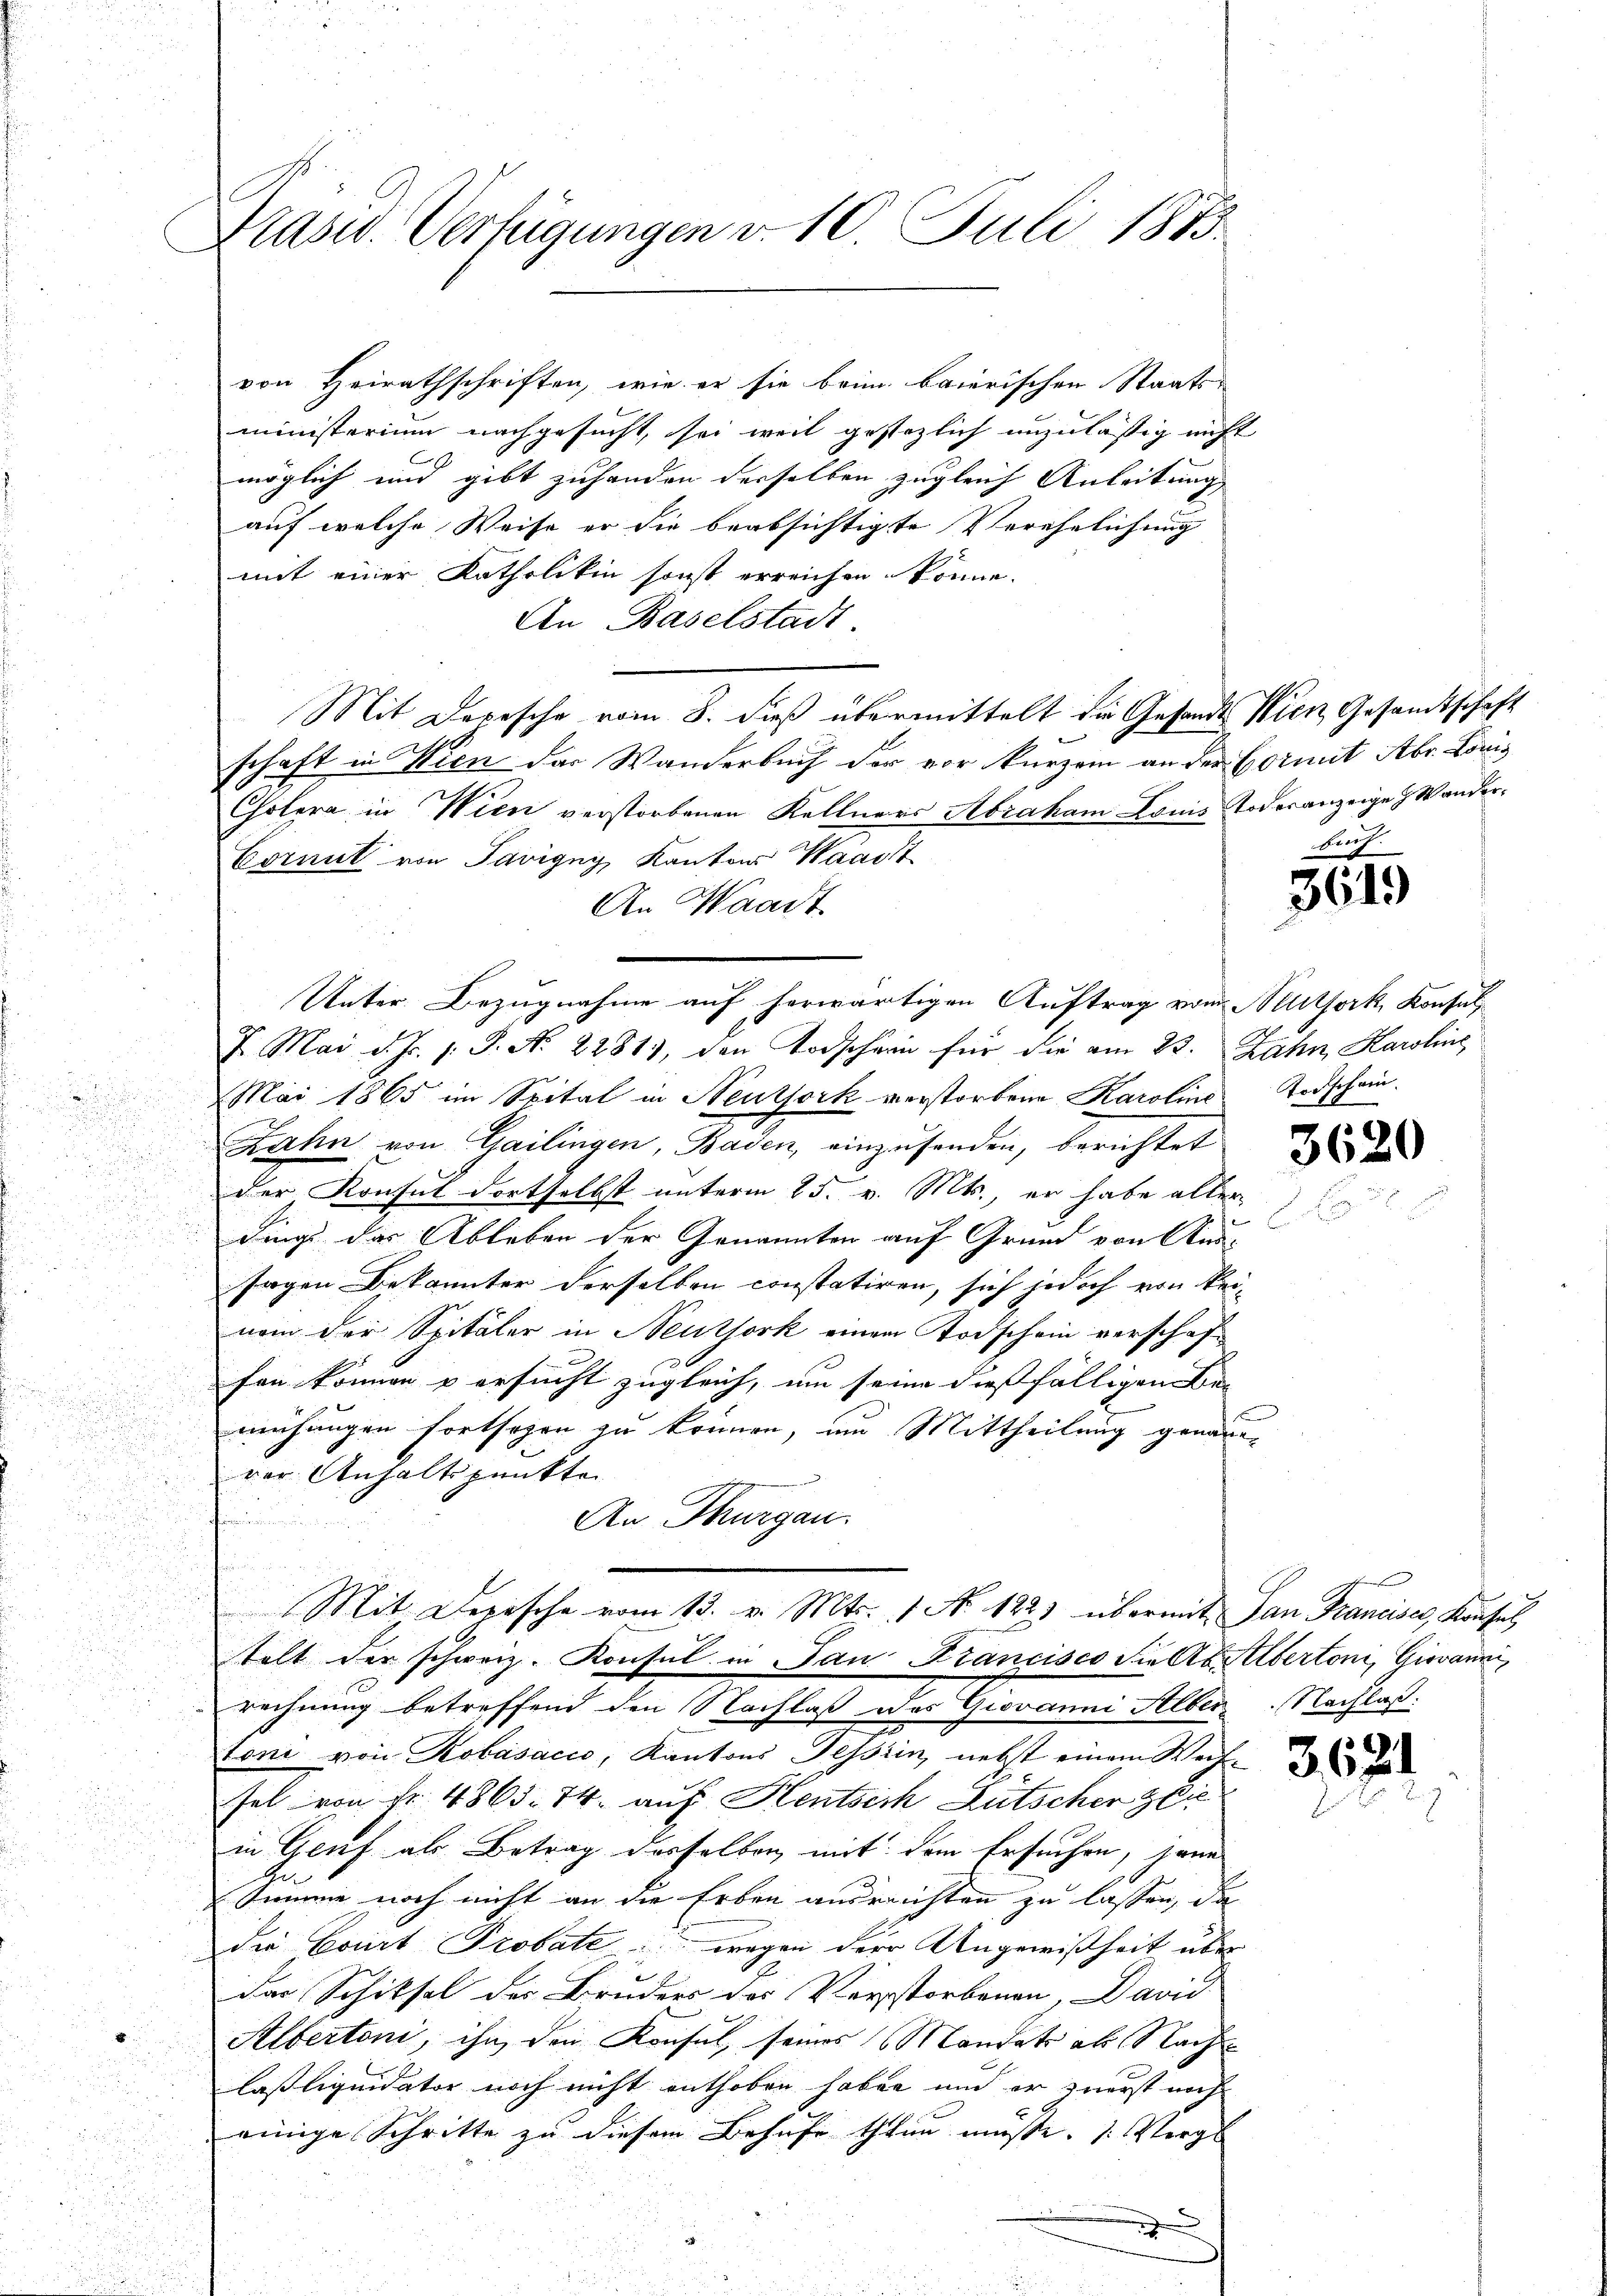
Prasw. Verfügungen v. 10. Juli 1873.

von Heirathschriften, wie er sie bein baierischen Staats-
ministerium nachgesucht, sei weil gestezlich unzulässig nicht
möglich und gibt zuhanden derselben zugleich Anleitung
auf welche Weise er die beabsichtigte Verehelichung
mit einer Katholiken sonst erreichen könne.
An Baselstadt.
Mit Depesche vom 8. dieß übermittelt die Gesandt Wien Gesandtschaft
schaft in Wien der Wanderbuch der vor kurzem an der Vormit Abr. Loris
Cholera in Wien verstorbenen Kellners Abraham Louis Todesanzeige Wander¬
Cormit von Savigny, Kanton Waadt
An Waadt
Unter Bezugnahme auf herwärtigen Auftrag vom Seltfork, Konsul¬
7. Mai d. Js. v. P. Nr. 2281), den Todschern für die am 23. Jahn, Karoline
Mai 1865 im Spital in Neuthork verstorbene Karoline
Zahn von Gailingen, Baden, einzusenden, berichtet
der Konsul dortselbst unterm 25. v. Mts., er habe aller
dings das Ableben der Genannten auf Grund von Aussagen Bekannter derselben constatiren, sich jedoch von keinom der Spitäler in Neuthork einem Todschein verschaffen können u ersucht zugleich, um seine diesfälligen Be- |
mühungen fortsehen zu können, und Mittheilung genaueder Anhaltspunkte
An Thurgau.
n
Mit Depesche vom 13. v. Mts. 1. No. 122) übermit San Franciser, Kaufset
stalt der schweiz. Konsul in San Francisco die Ab. Albertoni, Giovanni
rechnung betreffend den Nachlaß das Giovanni Alber. Nachlaß
toni von Kobásacio, Kantons Tessin, nebst einem Weihe
sel von fr. 48635. 74. auf Hentsich Lütscher zie
in Genf als Betrag desselben mit dem Ersuchen, jene
Ge
Summe noch nicht an die Erben ausreichten zu lassen, da
die Court Probate wegen der Ungewißheit über
e
das Schiksel des Bruders des Verstorbenen, David
Albertoni, ihn, den Konsul, seines Mandats als Nach
lasliquidator noch nicht enthoben haben und er zuerst noch
einige Schritte zu diesem Behufe thun müsse. Vorge

3615

Todschein.

3620

i